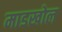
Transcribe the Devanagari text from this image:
माडखोल